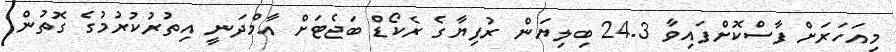
މިއަހަރަށް ފާސްކޮށްފައިވާ 24.3 ބިލިޔަން ރުފިޔާގެ ރެކޯޑް ބަޖެޓަށް އާމްދަނީ އިތުރުކުރުމުގެ ގޮތުން